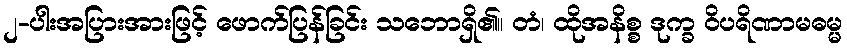
၂-ပါးအပြားအားဖြင့် ဖောက်ပြန်ခြင်း သဘောရှိ၏။ တံ၊ ထိုအနိစ္စ ဒုက္ခ ဝိပရိဏာမဓမ္မ